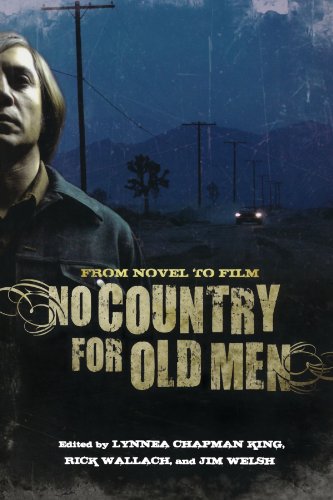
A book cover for No Country for Old Men: From Novel to Film; Humor & Entertainment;